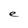
Character: e